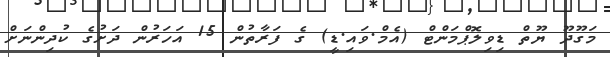
މަގޫދޫ ޔޫތް ޑިވިލޮޕްމަންޓް (އެމް.ވައި.ޑީ) ގެ ފަރާތުން 15 އަހަރުން ދަށުގެ ކުދިންނަށް